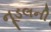
નૂડલની